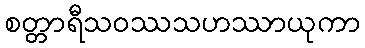
စတ္တာရီသဝဿသဟဿာယုကာ